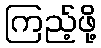
ကြည့်ဖို့